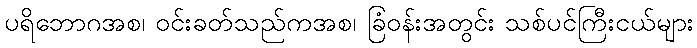
ပရိဘောဂအစ၊ ဝင်းခတ်သည်ကအစ၊ ခြံဝန်းအတွင်း သစ်ပင်ကြီးငယ်များ